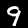
Digit: 9